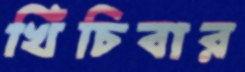
খিঁচিবার